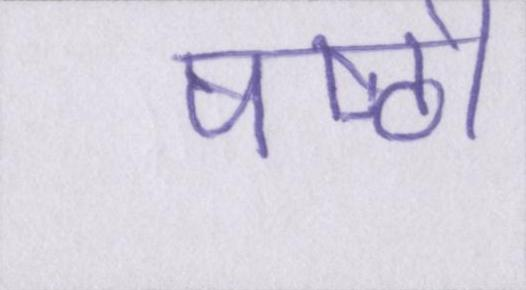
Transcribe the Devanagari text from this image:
षष्ठी